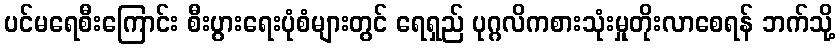
ပင်မရေစီးကြောင်း စီးပွားရေးပုံစံများတွင် ရေရှည် ပုဂ္ဂလိကစားသုံးမှုတိုးလာစေရန် ဘက်သို့